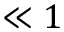
\ll 1